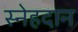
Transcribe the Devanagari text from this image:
स्नेहदान